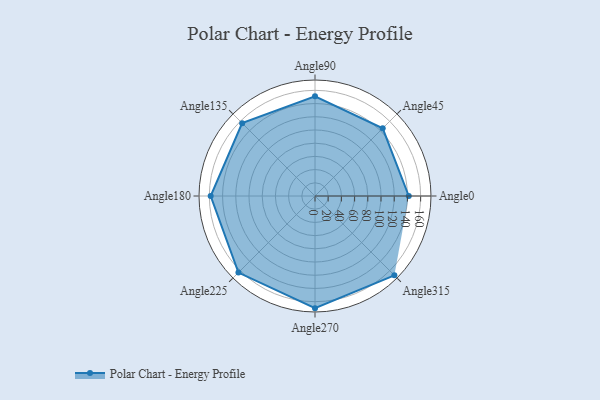
{"axis": {"x": "Angle", "y": "Radius"}, "legend": [""], "data": [{"x": "Angle0", "y": 142.0, "type": ""}, {"x": "Angle45", "y": 145.0, "type": ""}, {"x": "Angle90", "y": 151.0, "type": ""}, {"x": "Angle135", "y": 156.0, "type": ""}, {"x": "Angle180", "y": 158.0, "type": ""}, {"x": "Angle225", "y": 164.0, "type": ""}, {"x": "Angle270", "y": 170, "type": ""}, {"x": "Angle315", "y": 170, "type": ""}]}